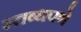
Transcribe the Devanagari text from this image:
स्तब्धपणे